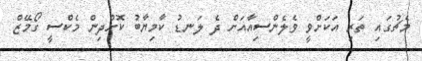
މެޗުގައި ތަރި އަކަށްވީ ވެލެންސިއާއަށް ދެ ލަނޑު ކާމިޔާބު ކޮށްދިން މެކްސީ ގޯމޭޒް